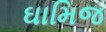
ઘામિજ